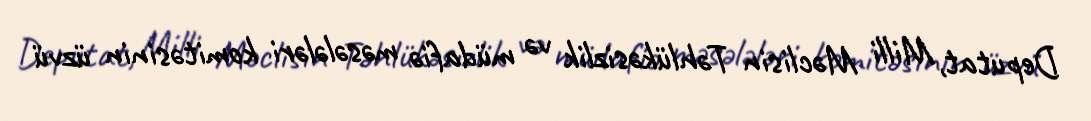
Deputat, Milli Məclisin Təhlükəsizlik və müdafiə məsələləri komitəsinin üzvü